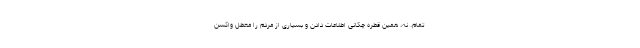
تمام. نه، همین قطره چکانی اطلاعات دادن و بسیاری از مردم را معطل واکسن